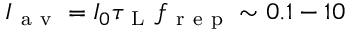
I _ { \mathrm { ~ a ~ v ~ } } = I _ { 0 } \tau _ { \mathrm { ~ L ~ } } f _ { \mathrm { ~ r ~ e ~ p ~ } } \sim 0 . 1 - 1 0